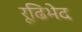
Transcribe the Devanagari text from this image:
रूढिभेद